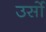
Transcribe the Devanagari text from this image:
उर्सो